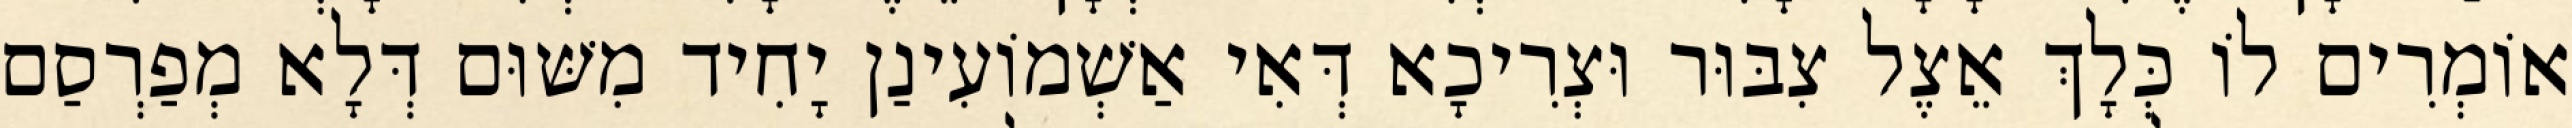
אוֹמְרִים לוֹ כְּלָךְ אֵצֶל צִבּוּר וּצְרִיכָא דְּאִי אַשְׁמוֹעִינַן יָחִיד מִשּׁוּם דְּלָא מְפַרְסַם